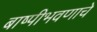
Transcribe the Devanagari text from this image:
बाष्पीभवणाचे